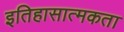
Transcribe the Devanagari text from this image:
इतिहासात्मकता